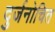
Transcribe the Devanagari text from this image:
दुर्जनोचित